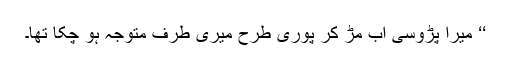
‘‘ میرا پڑوسی اب مڑ کر پوری طرح میری طرف متوجہ ہو چکا تھا۔